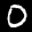
Label: 0